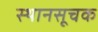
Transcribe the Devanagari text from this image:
स्थानसूचक